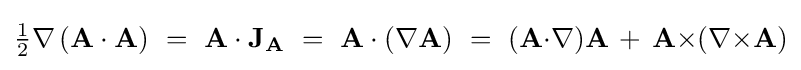
{\tfrac {1}{2}}\nabla \left(\mathbf {A} \cdot \mathbf {A} \right)\ =\ \mathbf {A} \cdot \mathbf {J} _{\mathbf {A} }\ =\ \mathbf {A} \cdot (\nabla \mathbf {A} )\ =\ (\mathbf {A} {\cdot }\nabla )\mathbf {A} \,+\,\mathbf {A} {\times }(\nabla {\times }\mathbf {A} )